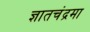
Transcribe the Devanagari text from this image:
ज्ञातचंद्रमा